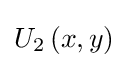
U_{2}\left(x,y\right)